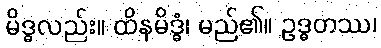
မိဒ္ဓလည်း။ ထိနမိဒ္ဓံ၊ မည်၏။ ဥဒ္ဓတဿ၊